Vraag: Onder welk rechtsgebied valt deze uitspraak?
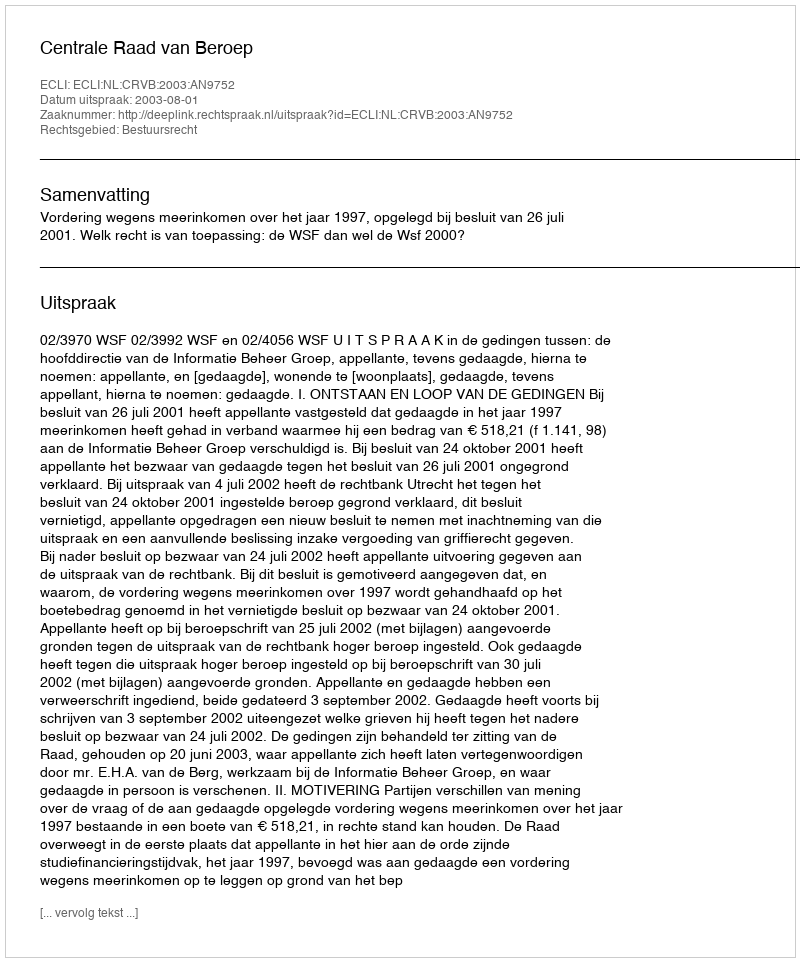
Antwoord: Bestuursrecht